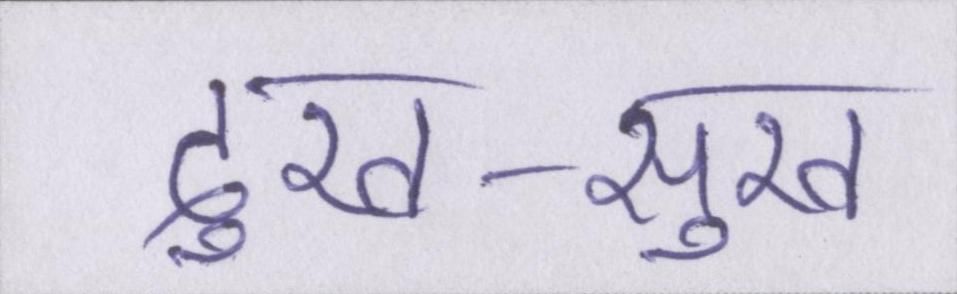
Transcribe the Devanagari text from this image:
दुख-सुख